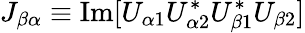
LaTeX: J_{\beta\alpha}\equiv\mathrm{Im}[U_{\alpha 1}U_{\alpha 2}^{*}U_{\beta 1}^{*}U_{\beta 2}]